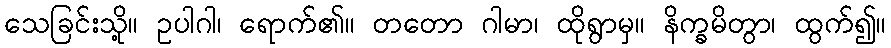
သေခြင်းသို့။ ဥပါဂါ၊ ရောက်၏။ တတော ဂါမာ၊ ထိုရွာမှ။ နိက္ခမိတွာ၊ ထွက်၍။